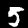
Label: 5